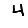
Digit: 4